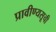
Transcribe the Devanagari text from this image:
प्रावीण्यसूची